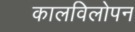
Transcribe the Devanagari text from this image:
कालविलोपन